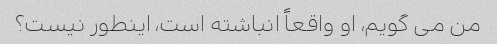
من می گویم، او واقعاً انباشته است، اینطور نیست؟